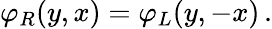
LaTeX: \varphi_{R}(y,x)=\varphi_{L}(y,-x)\, .